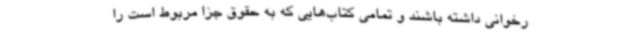
رخوانی داشته باشند و تمامی کتاب‌هایی که به حقوق جزا مربوط است را